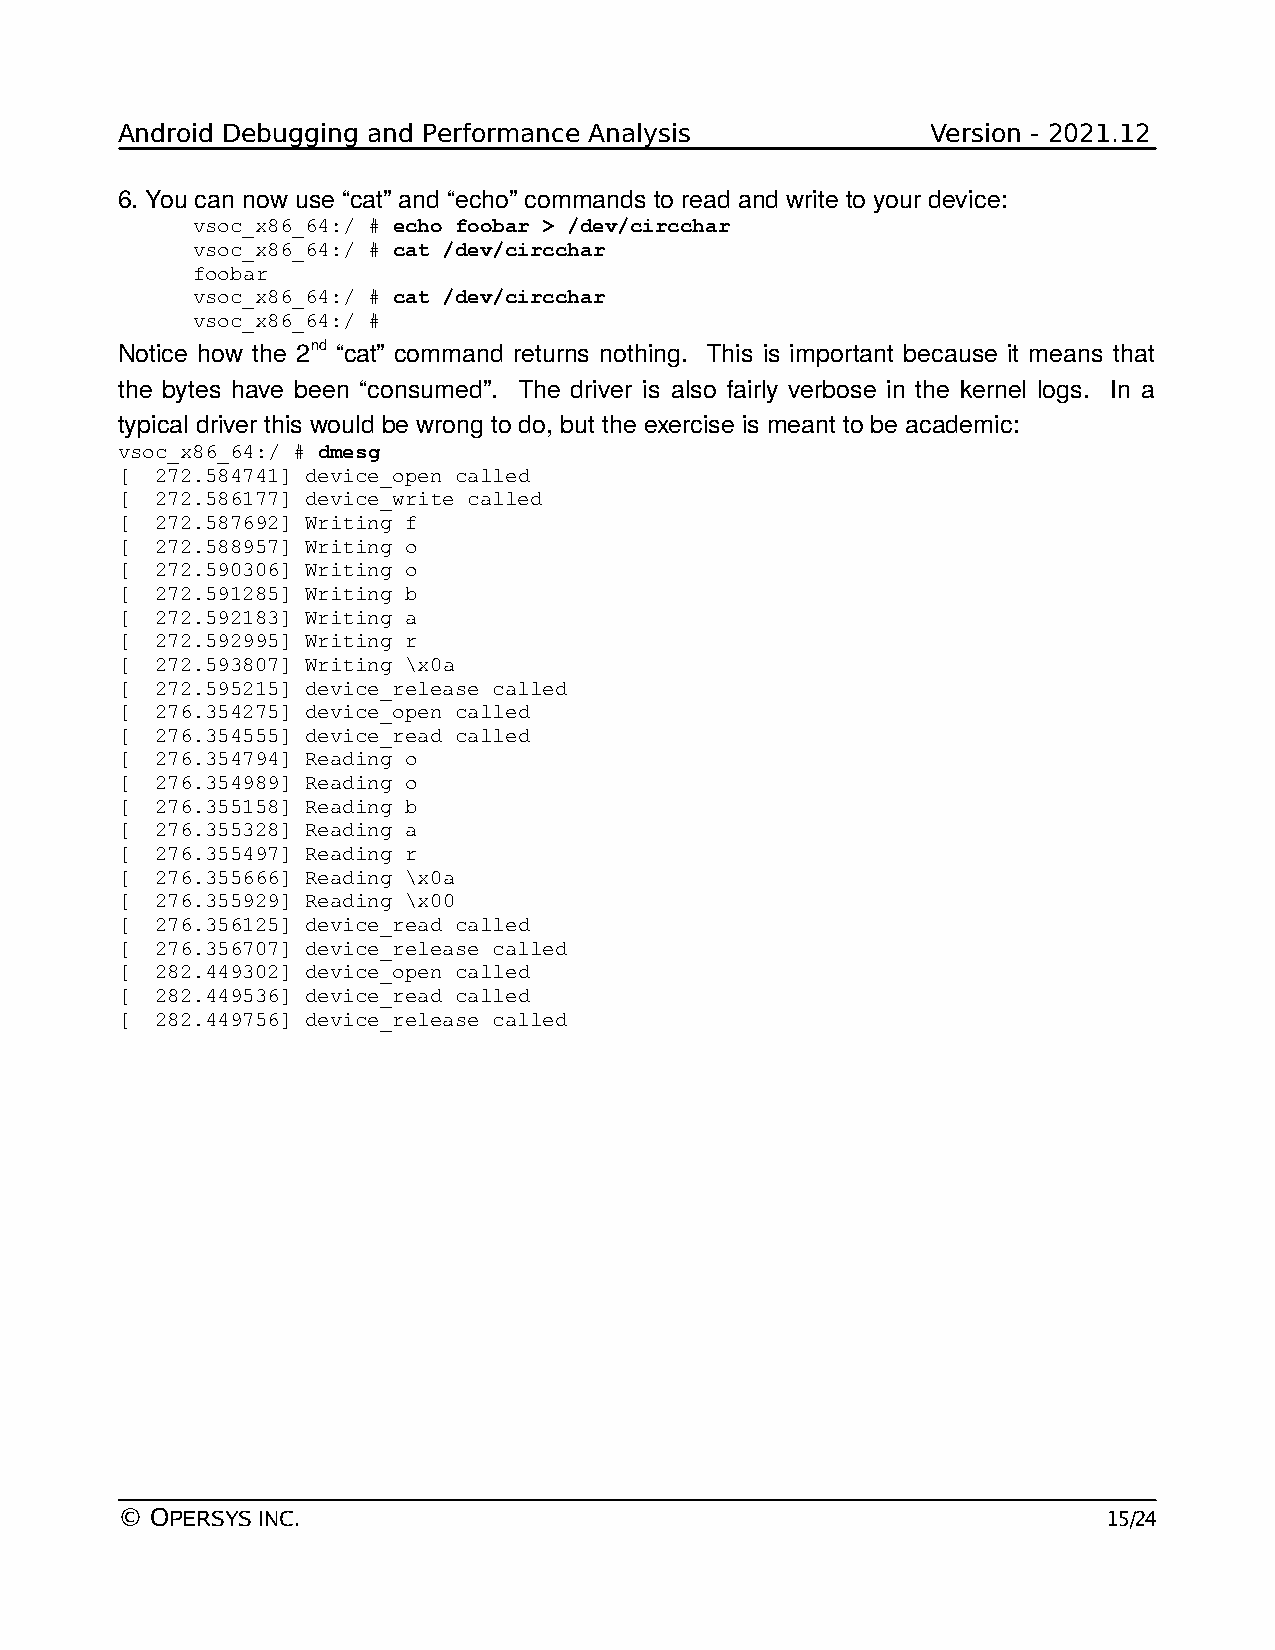
Android Debugging and Performance Analysis            Version - 2021.12
 6. You can now use “cat” and “echo” commands to read and write to your device:
 vsoc_x86_64:/ # echo foobar > /dev/circchar
 vsoc_x86_64:/ # cat /dev/circchar
 foobar
 vsoc_x86_64:/ # cat /dev/circchar
 vsoc_x86_64:/ #
 Notice how the 2nd “cat” command returns nothing. This is important because it means that
 the bytes have been “consumed”. The driver is also fairly verbose in the kernel logs. In a
 typical driver this would be wrong to do, but the exercise is meant to be academic:
 vsoc_x86_64:/ # dmesg
 [ 272.584741] device_open called
 [ 272.586177] device_write called
 [ 272.587692] Writing f
 [ 272.588957] Writing o
 [ 272.590306] Writing o
 [ 272.591285] Writing b
 [ 272.592183] Writing a
 [ 272.592995] Writing r
 [ 272.593807] Writing \x0a
 [ 272.595215] device_release called
 [ 276.354275] device_open called
 [ 276.354555] device_read called
 [ 276.354794] Reading o
 [ 276.354989] Reading o
 [ 276.355158] Reading b
 [ 276.355328] Reading a
 [ 276.355497] Reading r
 [ 276.355666] Reading \x0a
 [ 276.355929] Reading \x00
 [ 276.356125] device_read called
 [ 276.356707] device_release called
 [ 282.449302] device_open called
 [ 282.449536] device_read called
 [ 282.449756] device_release called
 © OPERSYS INC.                                                   15/24